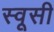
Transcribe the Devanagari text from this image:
स्वूसी